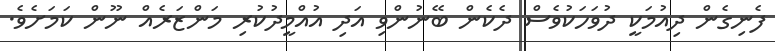
ފެނިގެން ދިއުމަކީ ދުވަހަކުވެސް ދެކެން ބޭނުންވި އަދި އުއްމީދުކުރި މަންޒަރެއް ނޫން ކަމަށެވެ.